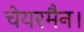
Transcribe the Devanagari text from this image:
चेयरमैन।